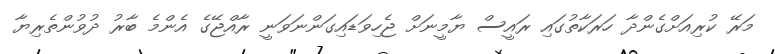
މަރޭ ކުރިއަށްގެންދާ ހަރަކާތުގައި ރައީސް ޔާމީނަށް ޖެހިވަޑައިގަންނަވަނީ ރާއްޖޭގެ އެންމެ ބާރު ދުވުންތެރިޔާ